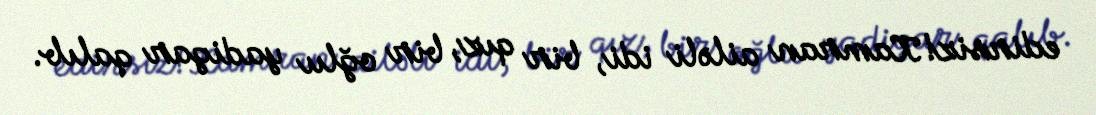
edirsiz!Kamran ailəli idi, bir qız, bir oğlu yadigar qalıb.